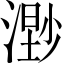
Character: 𣻾